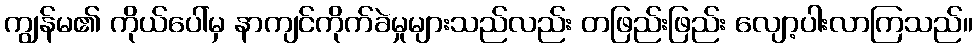
ကျွန်မ၏ ကိုယ်ပေါ်မှ နာကျင်ကိုက်ခဲမှုများသည်လည်း တဖြည်းဖြည်း လျော့ပါးလာကြသည်။